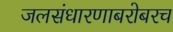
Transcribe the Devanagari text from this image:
जलसंधारणाबरोबरच